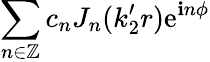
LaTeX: \sum_{n\in\mathbb{Z}}c_{n}J_{n}(k_{2}^{\prime}r)\mathrm{e}^{\mathbf{i}n\phi}